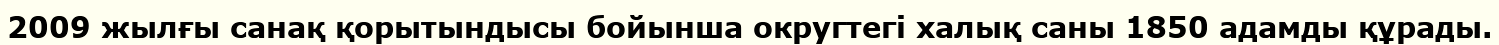
2009 жылғы санақ қорытындысы бойынша округтегі халық саны 1850 адамды құрады.